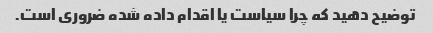
توضیح دهید که چرا سیاست یا اقدام داده شده ضروری است.